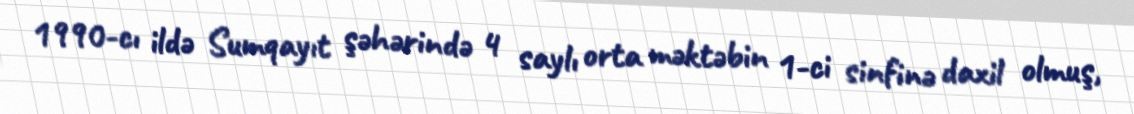
1990-cı ildə Sumqayıt şəhərində 4 saylı orta məktəbin 1-ci sinfinə daxil olmuş,